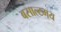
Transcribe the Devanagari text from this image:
बसाल्टमय